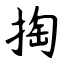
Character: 掏